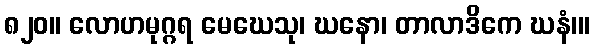
၈၂၀။ လောဟမုဂ္ဂရ မေဃေသု၊ ဃနော၊ တာလာဒိကေ ဃနံ၊။